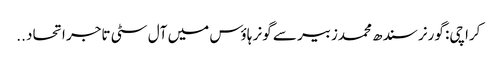
کراچی: گورنر سندھ محمدزبیر سے گونر ہاؤس میں آل سٹی تاجر اتحاد ..